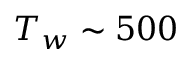
T _ { w } \sim 5 0 0